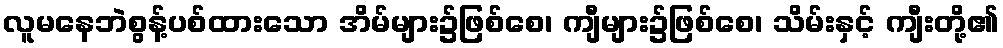
လူမနေဘဲစွန့်ပစ်ထားသော အိမ်များ၌ဖြစ်စေ၊ ကျီများ၌ဖြစ်စေ၊ သိမ်းနှင့် ကျီးတို့၏